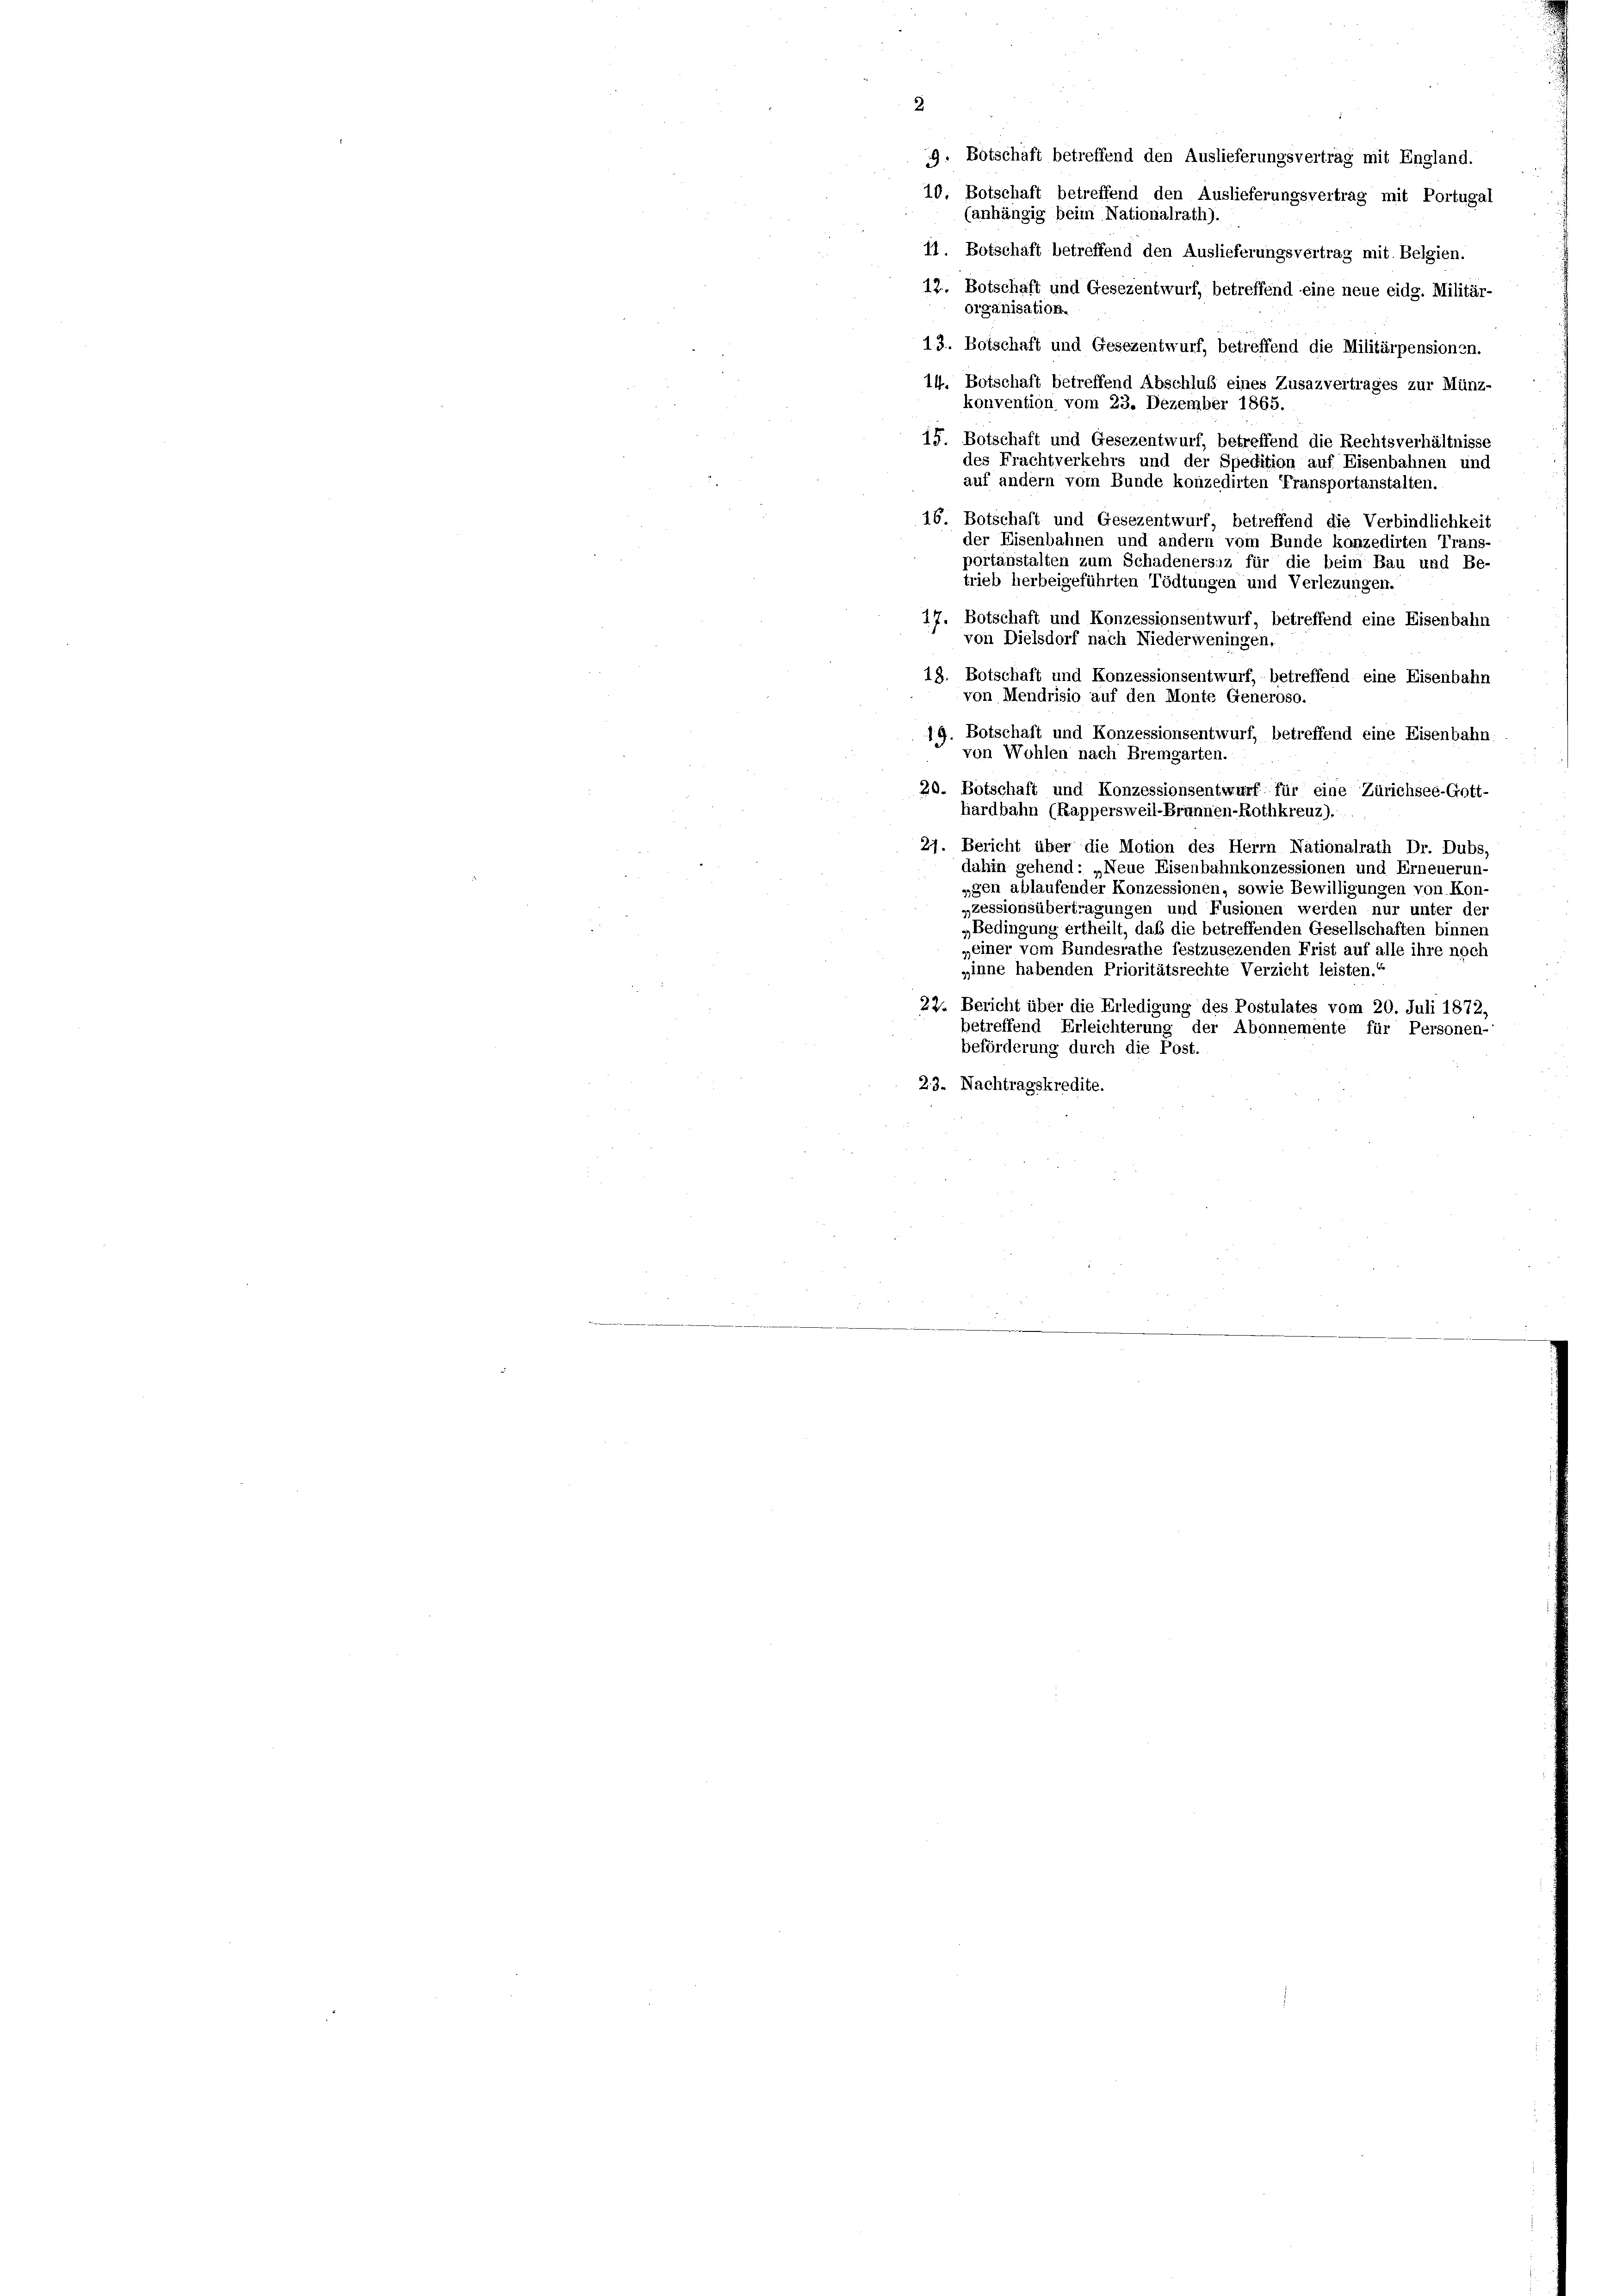
2.
9. Botschaft betreffend den Auslieferungsvertrag mit England.
10. Botschaft betreffend den Auslieferungsvertrag mit Portugal
(anhängig beim Nationalrath).
11. Botschaft betreffend den Auslieferungsvertrag mit Belgien.
12. Botschaft und Gesezentwurf, betreffend eine neue eidg. Militär-
organisation.
13. Botschaft und Gesezentwurf, betreffend die Militärpensionen.
14. Botschaft betreffend Abschluß eines Zusazvertrages zur Münz-
konvention vom 23. Dezember 1865.
15. Botschaft und Gesezentwurf, betreffend die Rechtsverhältnisse
des Frachtverkehrs und der Spection auf Eisenbahnen und
auf andern vom Bunde konzedirten Transportanstalten.
16. Botschaft und Gesezentwurf, betreffend die Verbindlichkeit
der Eisenbahnen und andern vom Bunde konzedirten Trans-
portanstalten zum Schadenersitz für die beim Bau und Be-
trieb herbeigeführten Tödtungen und Verlegungen.
17. Botschaft und Konzessionsentwurf, betreffend eine Eisenbahn
von Dielsdorf nach Niederweningen,
18. Botschaft und Konzessionsentwurf, betreffend eine Eisenbahn
von Mendrisio auf den Monte Generoso.
J. Botschaft und Konzessionsentwurf, betreffend eine Eisenbahn-
 von Wohlen nach Bremgarten.
20. Botschaft und Konzessionsentwurf für eine Zürichsee-Gott-
hardbahn (Rappersweil-Brannen-Rothkreuz).
27. Bericht über die Motion des Herrn Nationalrath Dr. Dubs,
dahin gehend: „Neue Eisenbahnkonzessionen und Erneuerun-
egen ablaufender Konzessionen, sowie Bewilligungen von Kon-
„zessionsübertragungen und Fusionen werden nur unter der
„Bedingung ertheilt, daß die betreffenden Gesellschaften binner
„einer vom Bundesrathe festzusezenden Frist auf alle ihre noch
„inne habenden Prioritätsrechte Verzicht leisten.“
22. Bericht über die Erledigung des Postulates vom 20. Juli 1872,
betreffend Erleichterung der Abonnemente für Personen-
beförderung durch die Post.
23. Nachtragskredite.